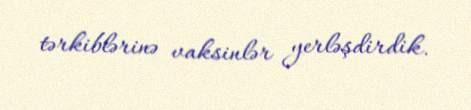
tərkiblərinə vaksinlər yerləşdirdik.